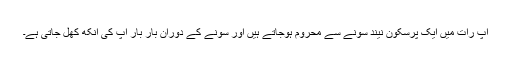
آپ رات میں ایک پرسکون نیند سونے سے محروم ہوجاتے ہیں اور سونے کے دوران بار بار آپ کی آنکھ کھل جاتی ہے۔